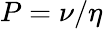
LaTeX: P=\nu/\eta